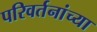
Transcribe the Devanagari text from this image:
परिवर्तनांच्या